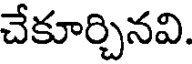
చేకూర్చినవి.